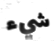
شيء